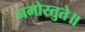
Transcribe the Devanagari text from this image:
नमोस्तुते॥